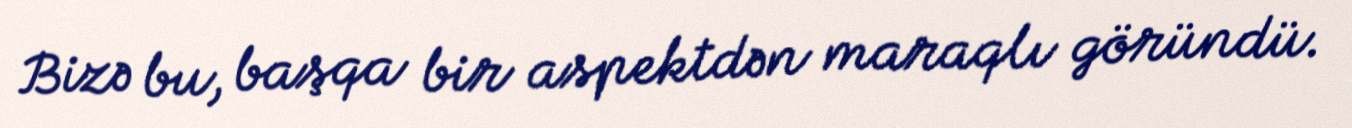
Bizə bu, başqa bir aspektdən maraqlı göründü.